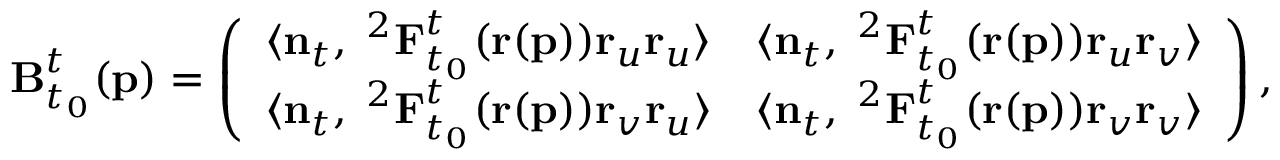
\mathbf { B } _ { t _ { 0 } } ^ { t } ( \mathbf { p } ) = \left( \begin{array} { l l } { \langle \mathbf { n } _ { t } , \mathbf { \nabla } ^ { 2 } \mathbf { F } _ { t _ { 0 } } ^ { t } ( \mathbf { r } ( \mathbf { p } ) ) \mathbf { r } _ { u } \mathbf { r } _ { u } \rangle } & { \langle \mathbf { n } _ { t } , \mathbf { \nabla } ^ { 2 } \mathbf { F } _ { t _ { 0 } } ^ { t } ( \mathbf { r } ( \mathbf { p } ) ) \mathbf { r } _ { u } \mathbf { r } _ { v } \rangle } \\ { \langle \mathbf { n } _ { t } , \mathbf { \nabla } ^ { 2 } \mathbf { F } _ { t _ { 0 } } ^ { t } ( \mathbf { r } ( \mathbf { p } ) ) \mathbf { r } _ { v } \mathbf { r } _ { u } \rangle } & { \langle \mathbf { n } _ { t } , \mathbf { \nabla } ^ { 2 } \mathbf { F } _ { t _ { 0 } } ^ { t } ( \mathbf { r } ( \mathbf { p } ) ) \mathbf { r } _ { v } \mathbf { r } _ { v } \rangle } \end{array} \right) ,